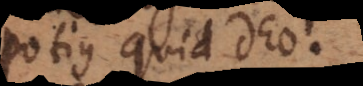
potius quid Deo.